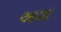
આશા